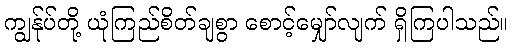
ကျွန်ုပ်တို့ ယုံကြည်စိတ်ချစွာ စောင့်မျှော်လျက် ရှိကြပါသည်။